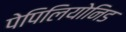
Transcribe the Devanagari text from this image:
पेपिलियोनिड